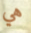
هي